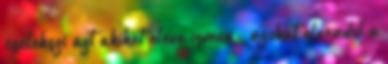
cselekszi azt akiket eleve ismer , azokat elrendel e